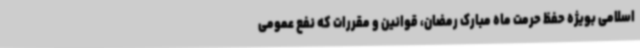
اسلامی بویژه حفظ حرمت ماه مبارک رمضان، قوانین و مقررات که نفع عمومی